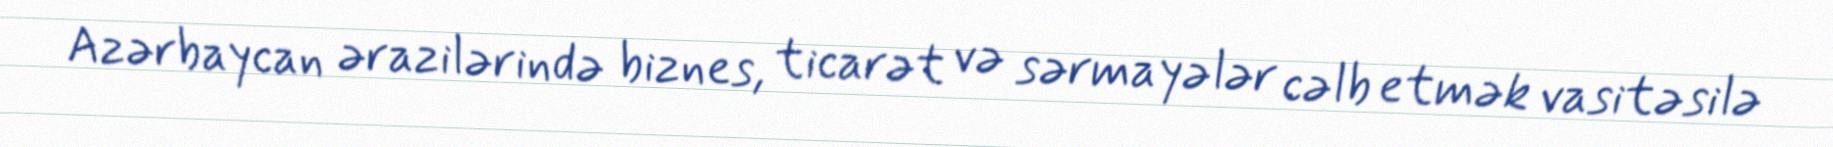
Azərbaycan ərazilərində biznes, ticarət və sərmayələr cəlb etmək vasitəsilə